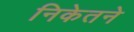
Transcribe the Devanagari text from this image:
निकेतने